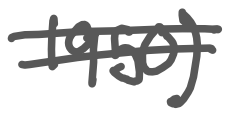
Text: 1950)
Cross-out: double-line
Writing tool: digital_gray